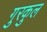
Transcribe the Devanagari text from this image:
गुरकुल